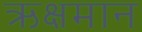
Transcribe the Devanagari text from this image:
ऋक्षमान